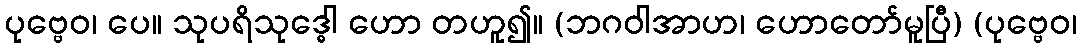
ပုဗ္ဗေဝ၊ ပေ။ သုပရိသုဒ္ဓေါ ဟော တဟူ၍။ (ဘဂဝါအာဟ၊ ဟောတော်မူပြီ) (ပုဗ္ဗေဝ၊